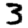
Digit: 3